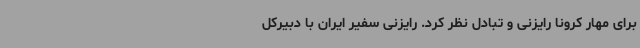
برای مهار کرونا رایزنی و تبادل نظر کرد. رایزنی سفیر ایران با دبیرکل